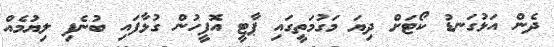
ދެން އަޅުގަނޑު ކޯޓަށް ދިޔަ މަގުމަތީގައި ޕާޓީ އޮފީހުން ގުޅާފައި ބުނެފި ލިޔުމެއް